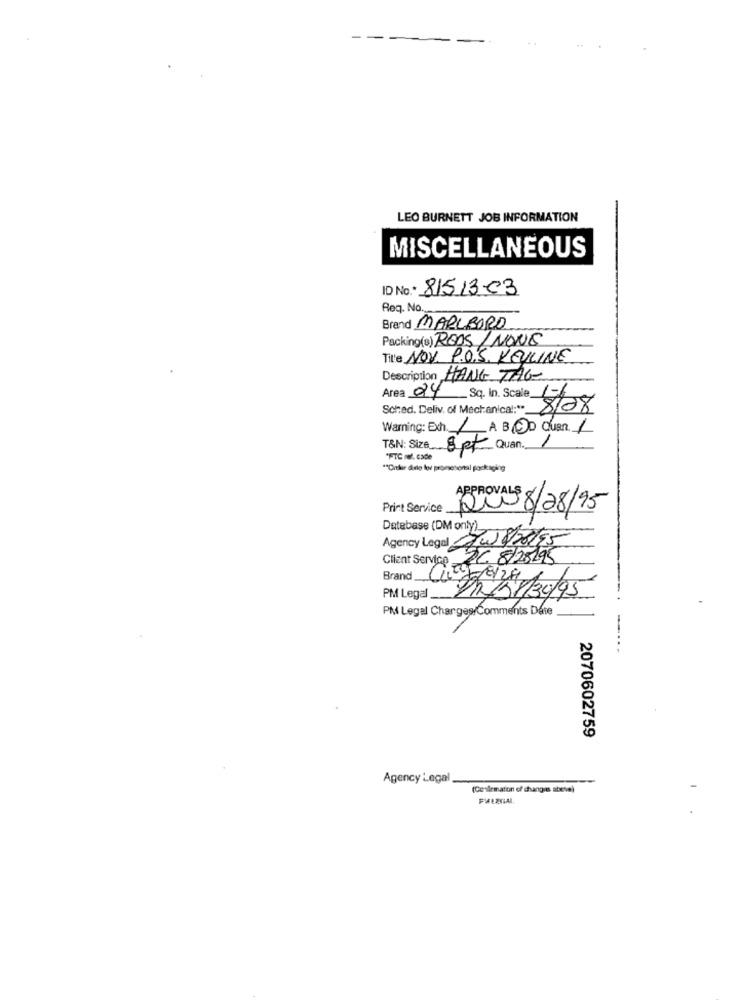
--
LEO BURNETT JOB INFORMATION
MISCELLANEOUS
ID No .* 81513-03
Req. No.
Brand MARLBORO
Packing(s) REAS / NONE
Title NOV. P.O.S. KEYLINE
Description HANG TAGE
Area 04 Sq. in. Scale 176
Sched. Deliv. of Mechanical:"".
8/08
Warning: Exh. / A B.OD Cuan. /
1
T&N: Size_
8 pt Quan.
"FIC ref. cade
"Crtder dale lor promotional packaging
APPROVALS
Print Service .
8/08/95
Agency Legal que
Database (DM only) 18/20/95
DC 8/25195
Client Service -
Brand
PM Legal __.
La 3 5/30/95
PM Legal Charges Comments Date
2070602759
Agency Legal
(Ce slemation of changeis abeve)